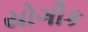
યોગીક